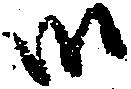
御